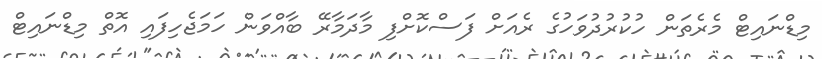
މިޑްނައިޓް މެރެތަން ހުކުރުދުވަހުގެ ރެއަށް ފަސްކޮށްފި މާދަމާރޭ ބާއްވަން ހަމަޖެހިފައި އޮތް މިޑްނައިޓް